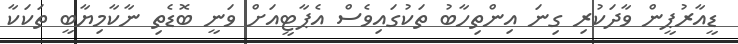
ޑީއާރުޕީން ވާދަކުރި ގިނަ އިންތިހާބު ތަކުގައިވެސް އެޕާޓީއަށް ވަނީ ބޮޑެތި ނާކާމިޔާބީ ތަކަކާ